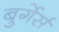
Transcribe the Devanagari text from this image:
बुर्गेर्स